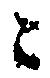
ニ